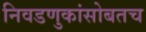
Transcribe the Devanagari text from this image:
निवडणुकांसोबतच